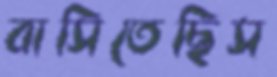
বাসিতেছিস